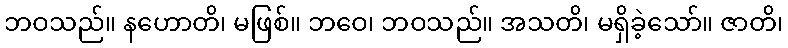
ဘဝသည်။ နဟောတိ၊ မဖြစ်။ ဘဝေ၊ ဘဝသည်။ အသတိ၊ မရှိခဲ့သော်။ ဇာတိ၊